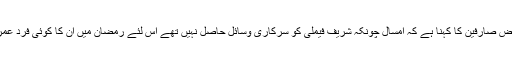
سوشل میڈیا پر بعض صارفین کا کہنا ہے کہ امسال چونکہ شریف فیملی کو سرکاری وسائل حاصل نہیں تھے اس لئے رمضان میں ان کا کوئی فرد عمرہ کیلئے نہیں گیا۔